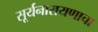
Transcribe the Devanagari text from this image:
सूर्यनारायणाचा